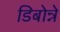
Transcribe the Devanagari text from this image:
डिबोन्ने